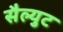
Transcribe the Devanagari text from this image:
सैल्युट